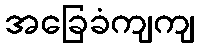
အခြေခံကျကျ